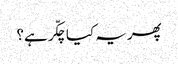
پھر یہ کیا چکّر ہے؟